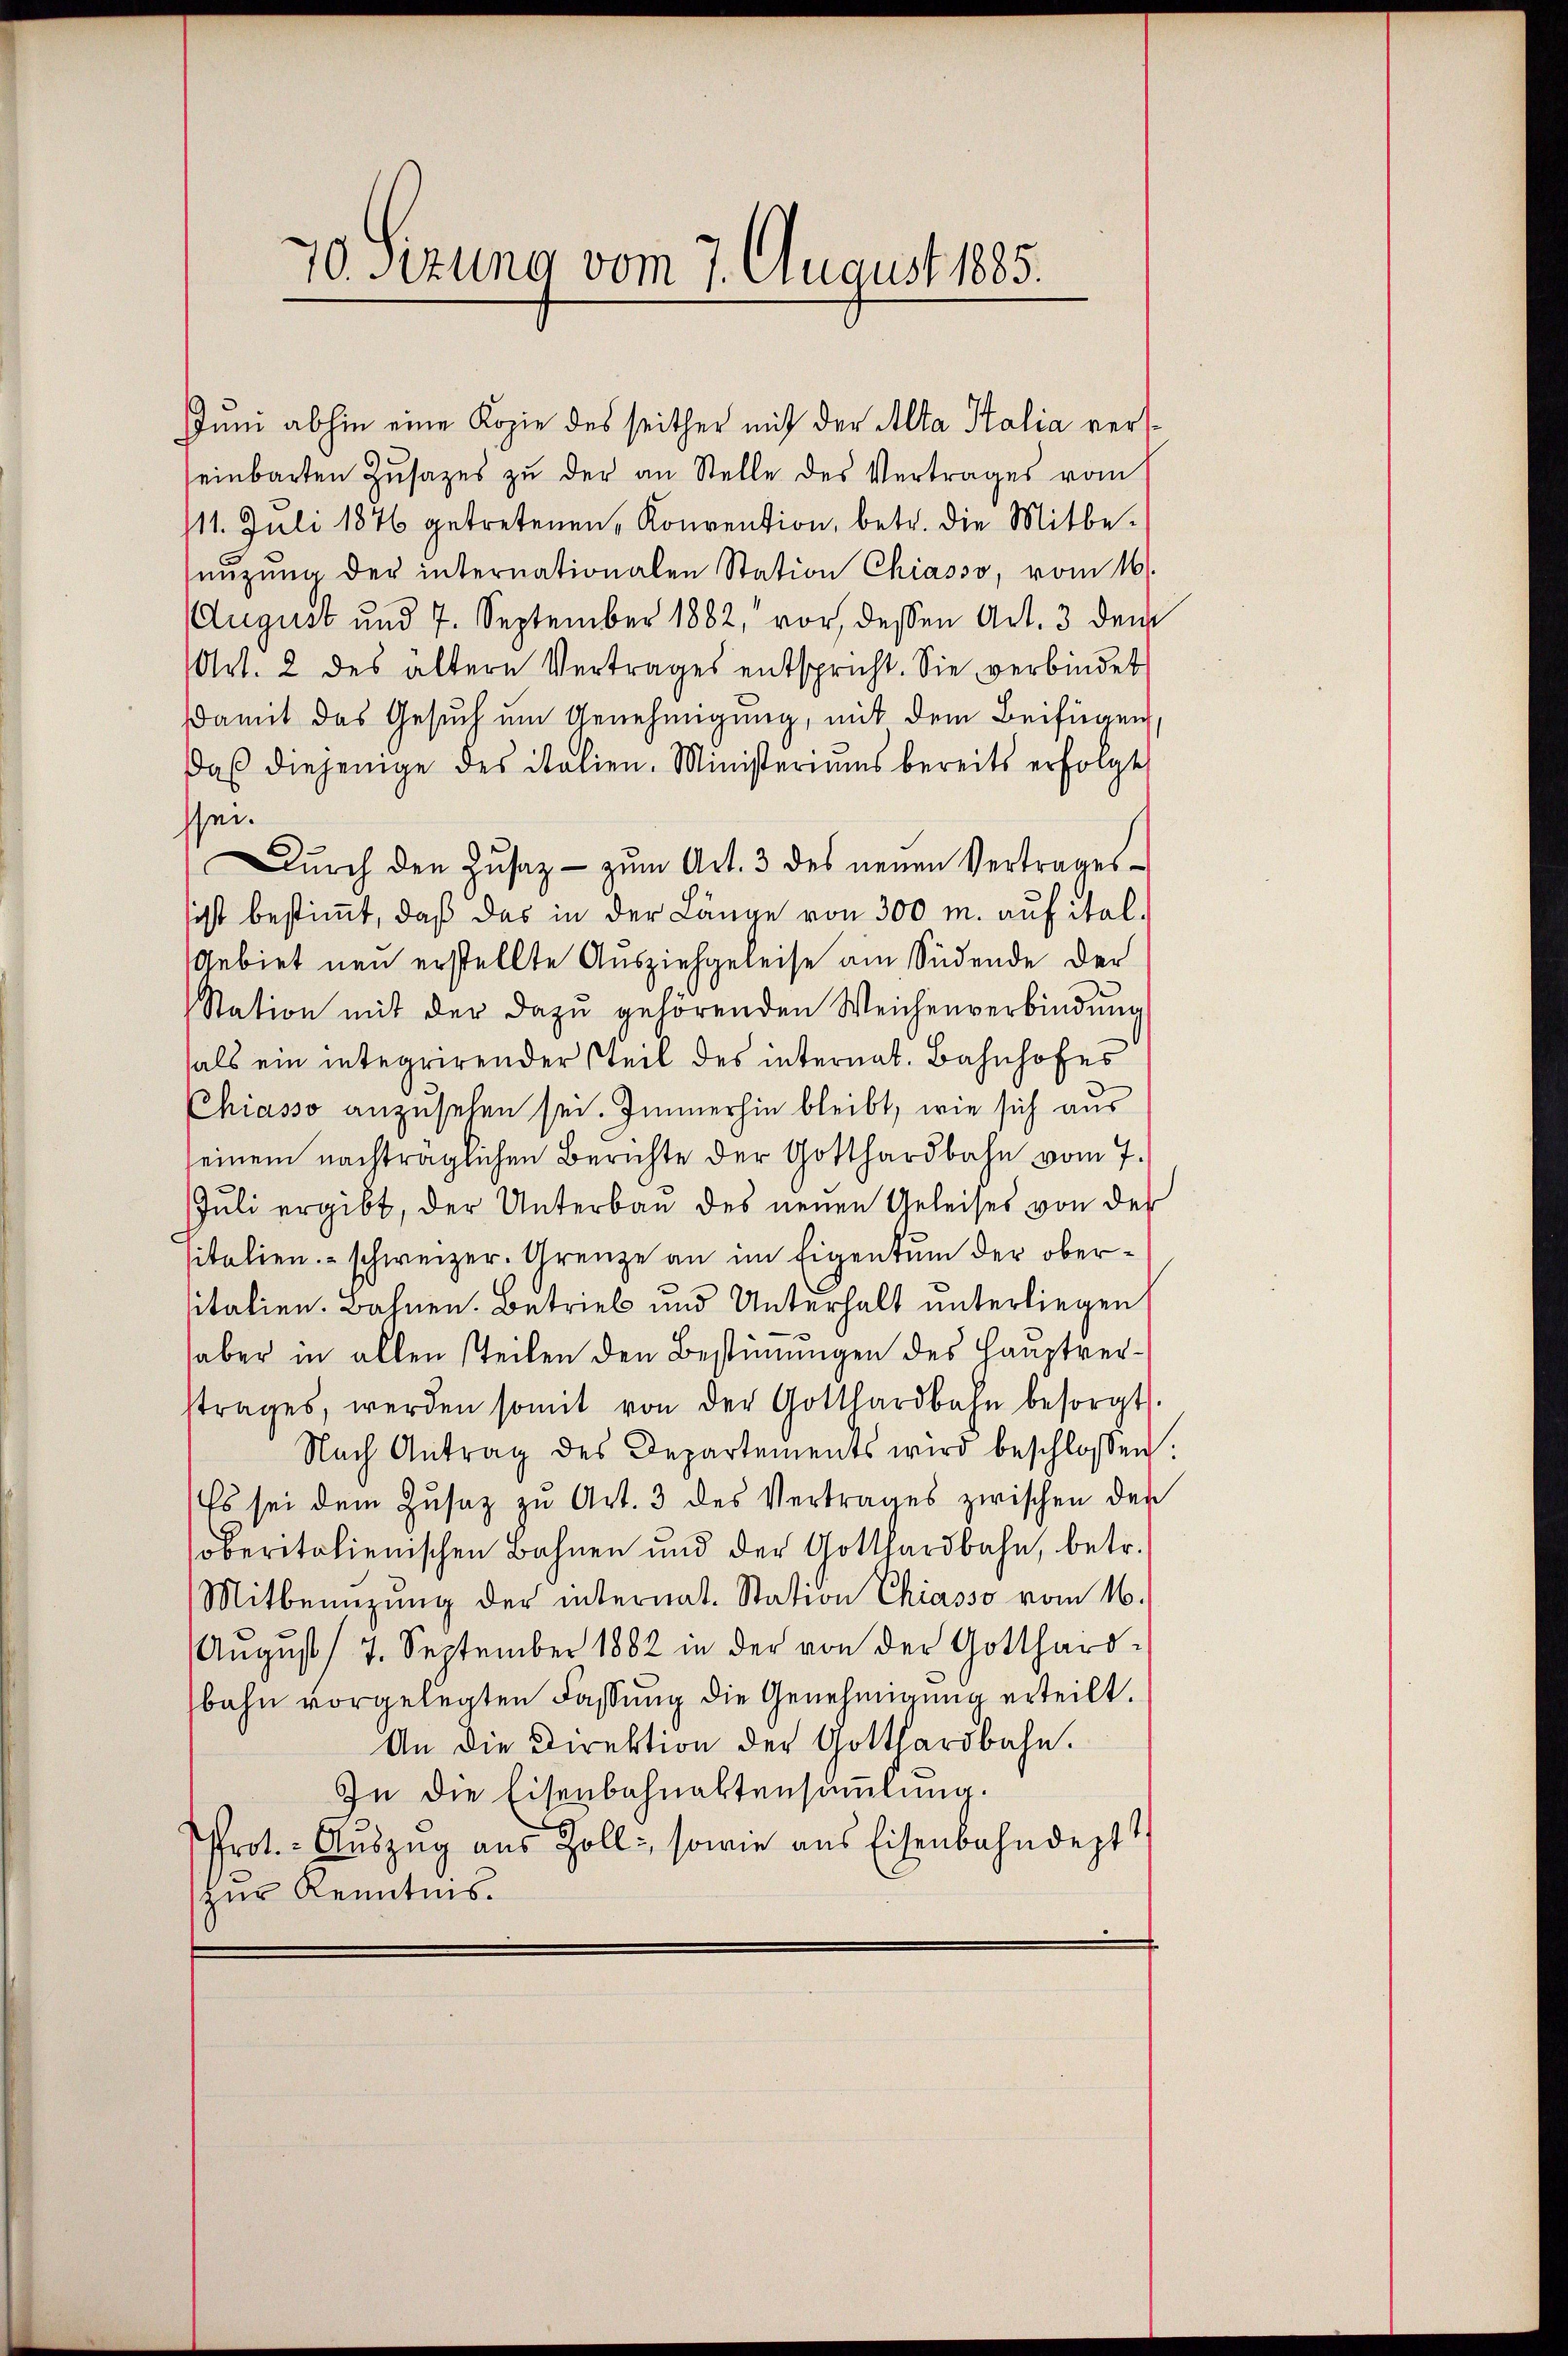
70. Sitzung vom 7. August 1885.

Juni abhin eine Kopie des seither mit der Alta Stalia verseinbarten Zŭsazes zŭ der an Stelle des Vertrages vom
/11. Juli 1876 getretenen Konvention, betr. die Mitbenŭzŭng der internationalen Station Chiasso, vom 16.
August und 7. September 1882, vor, dessen Art. 3 dem
Art. 2 des ältere Vertrages entspricht. Sie verbindet
damit das Gesuch um Genehmigung, mit dem Beifügen
daβ diejenige des italien. Ministeriums bereits erfolgt,
ssei.
Dŭrch den Zŭsaz- zŭm Art. 3 des neuen Vertrages-
sicht bestimmt, daß das in der Länge von 300 m. auf ital¬
Gebiet neu erstellte Ausziehgeleise am Südende der
Station mit der dazŭ gehörenden Weichenverbindŭng
als ein integrirender steil des internat. Bahnhofes
Chiasso anzusehen sei. Immerhin bleibt, wie sich aus
seinem nachträglichen Berichte der Gotthardbahn vom 7.
Juli ergibt, der Unterbau des neuen Geleises von der
sitalien schweizer. Grenze an im Eigentum der obersitalien. Bahnen. Betrieb und Unterhalt unterliegen
aber in allen steilen den Bestimungen des Hauptverstrages, werden somit von der Gotthardbahn besorgt
Nach Antrag des Departements wird beschlossen
Es sei dem Zŭsaz zu Art. 3 des Vertrages zwischen der
oberitalienischen Bahnen und der Gotthardbahn, betr.
Mitbenüzung der internat. Station Chiasso vom 16.
August 17. September 1882 in der von der Gotthard-
bahn vorgelegten Fassung die Genehmigung erteilt.
An die Direktion der Gotthardbahn.
In die Eisenbahnaktensammlung.
Prot. - Auszug aus Zoll, sowie aus Eisenbahndept
zur Kenntnis.